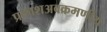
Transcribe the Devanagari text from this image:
प्रकाशअवक्रमणीय